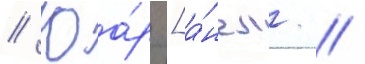
// Юа́р [а́нгл. //